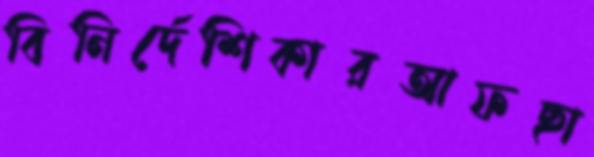
বিনির্দেশিকারআফছা